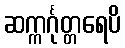
ဆက္ကင်္ဂုတ္တရေပိ